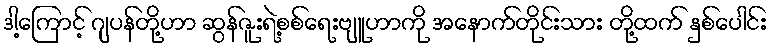
ဒါ့ကြောင့် ဂျပန်တို့ဟာ ဆွန်ဇူးရဲ့စစ်ရေးဗျူဟာကို အနောက်တိုင်းသား တို့ထက် နှစ်ပေါင်း